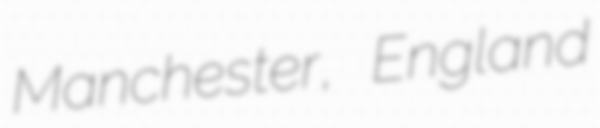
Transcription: Manchester, England